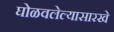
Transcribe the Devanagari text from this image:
घोळवलेल्यासारखे